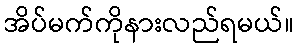
အိပ်မက်ကိုနားလည်ရမယ်။